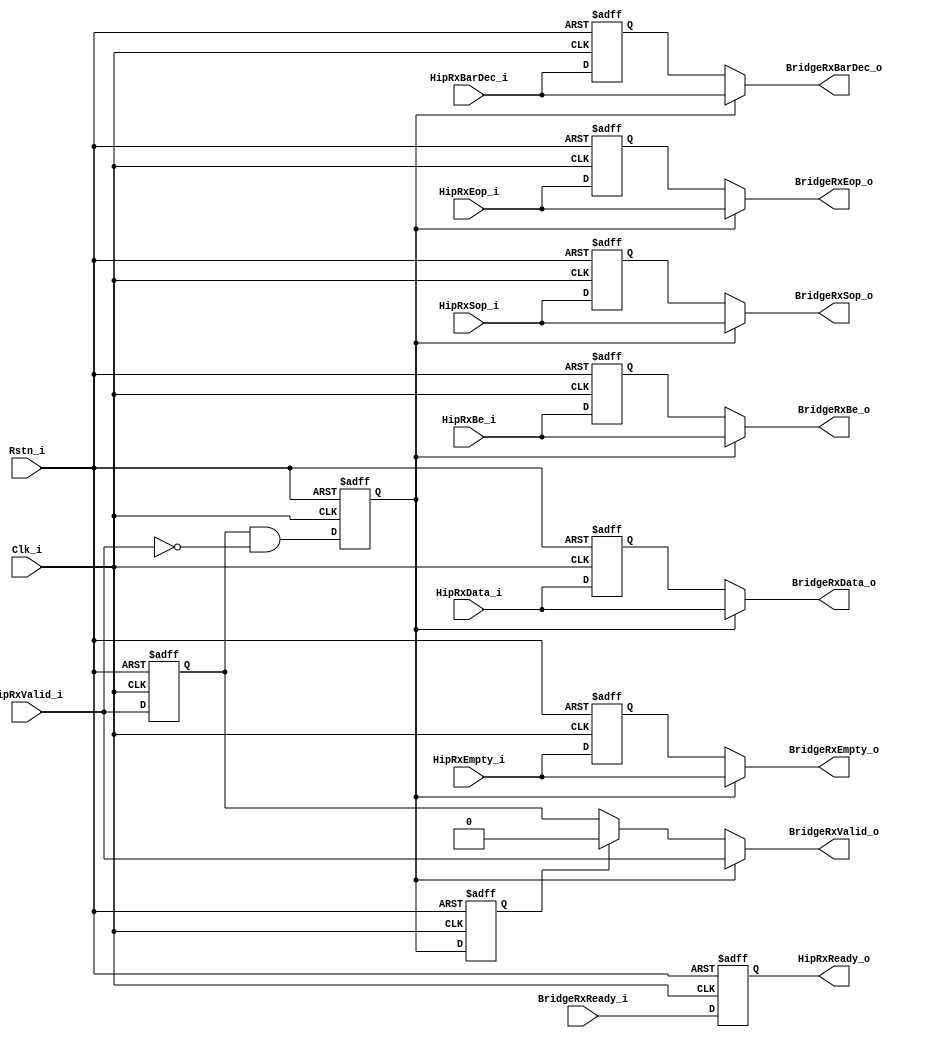
// (C) 2001-2014 Altera Corporation. All rights reserved.
// Your use of Altera Corporation's design tools, logic functions and other 
// software and tools, and its AMPP partner logic functions, and any output 
// files any of the foregoing (including device programming or simulation 
// files), and any associated documentation or information are expressly subject 
// to the terms and conditions of the Altera Program License Subscription 
// Agreement, Altera MegaCore Function License Agreement, or other applicable 
// license agreement, including, without limitation, that your use is for the 
// sole purpose of programming logic devices manufactured by Altera and sold by 
// Altera or its authorized distributors.  Please refer to the applicable 
// agreement for further details.


// synthesis translate_off
`timescale 1ns / 1ps
// synthesis translate_on

module altpciexpav128_underflow_adapter

(

   input               Clk_i,
   input               Rstn_i,
                      
   output              HipRxReady_o, 
   input               HipRxValid_i,
   input  [127:0]      HipRxData_i, 
   input  [15:0]       HipRxBe_i,
   input               HipRxSop_i,
   input               HipRxEop_i,
   input               HipRxEmpty_i, 
   
   input [7:0]         HipRxBarDec_i,
   
   input               BridgeRxReady_i, 
   output              BridgeRxValid_o,
   output  [127:0]     BridgeRxData_o, 
   output  [15:0]      BridgeRxBe_o,
   output              BridgeRxSop_o,
   output              BridgeRxEop_o,
   output              BridgeRxEmpty_o,
   output  [7:0]       BridgeRxBarDec_o
   
);

  reg [127:0]      rx_data_reg;
  reg [15:0] 	     rx_be_reg;
  reg	             rx_sop_reg;
  reg              rx_eop_reg; 
  reg              rx_empty_reg;
  reg [7:0]        rx_bar_dec_reg;
  reg              rx_tlp_active_sreg;
  reg              rx_ready_reg;
  reg              rx_valid_reg;    
  reg              rx_valid_reg2;        
  reg              rx_tlp_underflow_reg;    
  reg              rx_tlp_underflow_reg2;  
  
  wire             rx_tlp_underflow;        
  wire             hip_valid_fall;
  reg              hip_valid_fall_reg;       
   reg              hip_valid_fall_reg2;



always @ (posedge Clk_i or negedge Rstn_i)
  begin
  	if(~Rstn_i)
  	  begin
  	    rx_data_reg    <= 128'h0;
  	    rx_be_reg      <= 16'h0;
  	    rx_sop_reg     <= 1'b0;
  	    rx_eop_reg     <= 1'b0;  
  	    rx_empty_reg   <= 1'b0;
  	    rx_valid_reg   <= 1'b0;   
  	    rx_valid_reg2   <= 1'b0;
  	    rx_ready_reg   <= 1'b0;
  	    rx_bar_dec_reg <= 8'h0;   
  	    rx_tlp_underflow_reg <= 1'b0;      
  	    rx_tlp_underflow_reg2 <= 1'b0;    
  	    hip_valid_fall_reg <= 1'b0;     
  	    hip_valid_fall_reg2 <= 1'b0;
  	  end
  	else       
  	  begin
  	    rx_data_reg <= HipRxData_i;
  	    rx_be_reg   <= HipRxBe_i;
  	    rx_sop_reg  <= HipRxSop_i;
  	    rx_eop_reg  <= HipRxEop_i; 
  	    rx_empty_reg   <= HipRxEmpty_i;
  	    rx_valid_reg <= HipRxValid_i;  
  	    rx_valid_reg2 <= rx_valid_reg;
  	    rx_ready_reg <= BridgeRxReady_i;
  	    rx_bar_dec_reg <= HipRxBarDec_i;  
  	    rx_tlp_underflow_reg <= rx_tlp_underflow;    
  	    rx_tlp_underflow_reg2 <= rx_tlp_underflow_reg;  
  	    hip_valid_fall_reg <= hip_valid_fall;    
  	    hip_valid_fall_reg2 <= hip_valid_fall_reg; 
  	  end
  end
  
  assign hip_valid_fall = rx_valid_reg & ~HipRxValid_i;
/// Underflow detection logic
always @ (posedge Clk_i or negedge Rstn_i)
  begin
  	if(~Rstn_i)
  	  rx_tlp_active_sreg <= 1'b0;
  	else if (HipRxEop_i)
       rx_tlp_active_sreg <= 1'b0;
    else if (HipRxSop_i)
       rx_tlp_active_sreg <= 1'b1;
  end

assign rx_tlp_underflow = rx_tlp_active_sreg & ~HipRxValid_i;  



// Muxing the Rx TLP output to the bridge
// selecting the register output normally and the HIP output when underflow detected

//assign BridgeRxData_o =   rx_tlp_underflow_reg? HipRxData_i  : rx_data_reg;
//assign BridgeRxBe_o   =   rx_tlp_underflow_reg? HipRxBe_i    : rx_be_reg;
//assign BridgeRxSop_o  =   rx_tlp_underflow_reg? HipRxSop_i   : rx_sop_reg;
//assign BridgeRxEop_o  =   rx_tlp_underflow_reg? HipRxEop_i   : rx_eop_reg;    
//assign BridgeRxEmpty_o  = rx_tlp_underflow_reg? HipRxEmpty_i   : rx_empty_reg;    


assign BridgeRxData_o =   hip_valid_fall_reg? HipRxData_i  : rx_data_reg;   
assign BridgeRxBe_o   =   hip_valid_fall_reg? HipRxBe_i    : rx_be_reg;     
assign BridgeRxSop_o  =   hip_valid_fall_reg? HipRxSop_i   : rx_sop_reg;    
assign BridgeRxEop_o  =   hip_valid_fall_reg? HipRxEop_i   : rx_eop_reg;    
assign BridgeRxEmpty_o  = hip_valid_fall_reg? HipRxEmpty_i   : rx_empty_reg;
assign BridgeRxBarDec_o  = hip_valid_fall_reg? HipRxBarDec_i : rx_bar_dec_reg;  

/// output to HIP
assign HipRxReady_o    = rx_ready_reg;
//assign BridgeRxValid_o = (rx_valid_reg | rx_tlp_underflow_reg) & ~rx_tlp_underflow_reg2;   
assign BridgeRxValid_o =  hip_valid_fall_reg? HipRxValid_i : hip_valid_fall_reg2?  1'b0 : rx_valid_reg;

endmodule